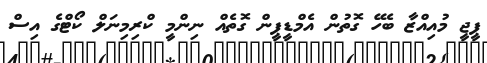
ޕީޖީ މުއިއްޒާ ބެހޭ ގޮތުން އެމްޑީޕީން ގޮތެއް ނިންމީ ކްރިމިނަލް ކޯޓްގެ އިސް